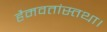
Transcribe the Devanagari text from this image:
हैमवतांस्तथा।